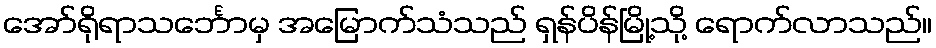
အော်ရိုရာသင်္ဘောမှ အမြောက်သံသည် ရှန်ပိန်မြို့သို့ ရောက်လာသည်။